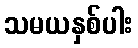
သမယနှစ်ပါး